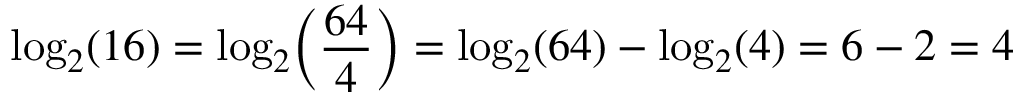
\log _ { 2 } ( 1 6 ) = \log _ { 2 } \! \left( { \frac { 6 4 } { 4 } } \right) = \log _ { 2 } ( 6 4 ) - \log _ { 2 } ( 4 ) = 6 - 2 = 4